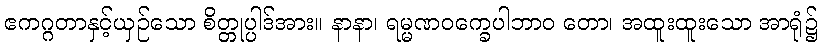
ဧကဂ္ဂတာနှင့်ယှဉ်သော စိတ္တုပ္ပါဒ်အား။ နာနာ၊ ရမ္မဏဝက္ခေပါဘာဝ တော၊ အထူးထူးသော အာရုံ၌